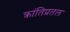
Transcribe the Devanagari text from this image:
क्रांतिप्रतल